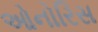
ઓનોરિસ